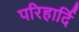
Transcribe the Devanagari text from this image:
परिहार्दि